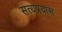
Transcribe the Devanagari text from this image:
सत्यप्रयास